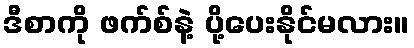
ဒီစာကို ဖက်စ်နဲ့ ပို့ပေးနိုင်မလား။